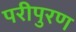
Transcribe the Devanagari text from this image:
परीपुरण